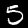
Digit: 5